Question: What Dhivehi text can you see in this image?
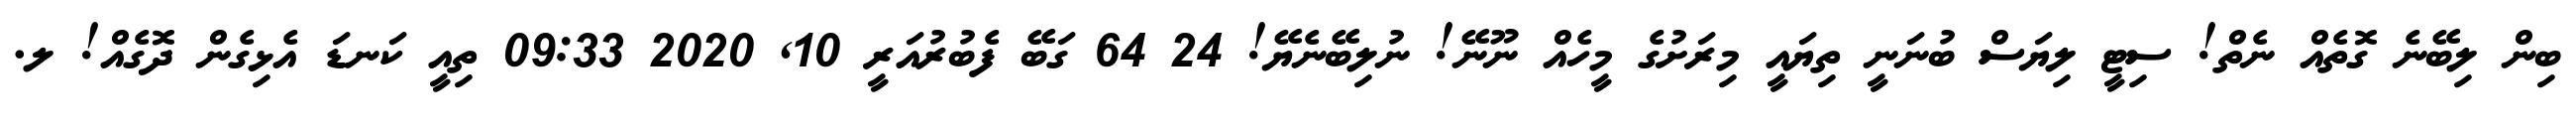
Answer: ބިން ލިބޭނެ ގޮތެއް ނެތް! ސިޓީ ލިޔަސް ބުނަނީ ތިޔައީ މިރަށުގެ މީހެއް ނޫނޭ! ނުލިބޭނެޔޭ! 24 64 ގަބޭ ފެބުރުއަރީ 10, 2020 09:33 ތިއީ ކަނޑަ އެޅިގެން ދޮގެއް! ލ.